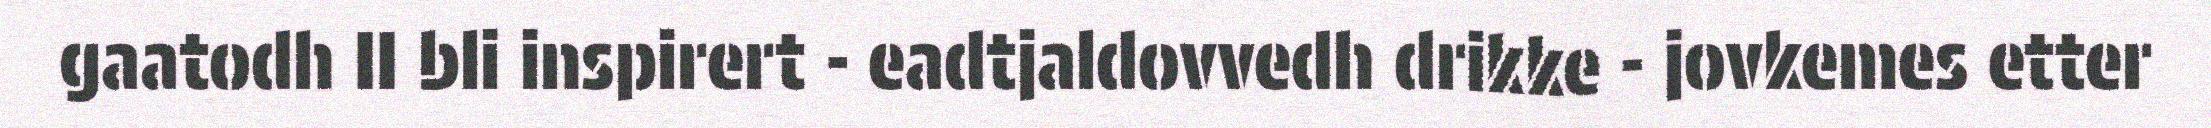
gaatodh II bli inspirert - eadtjaldovvedh drikke - jovkemes etter